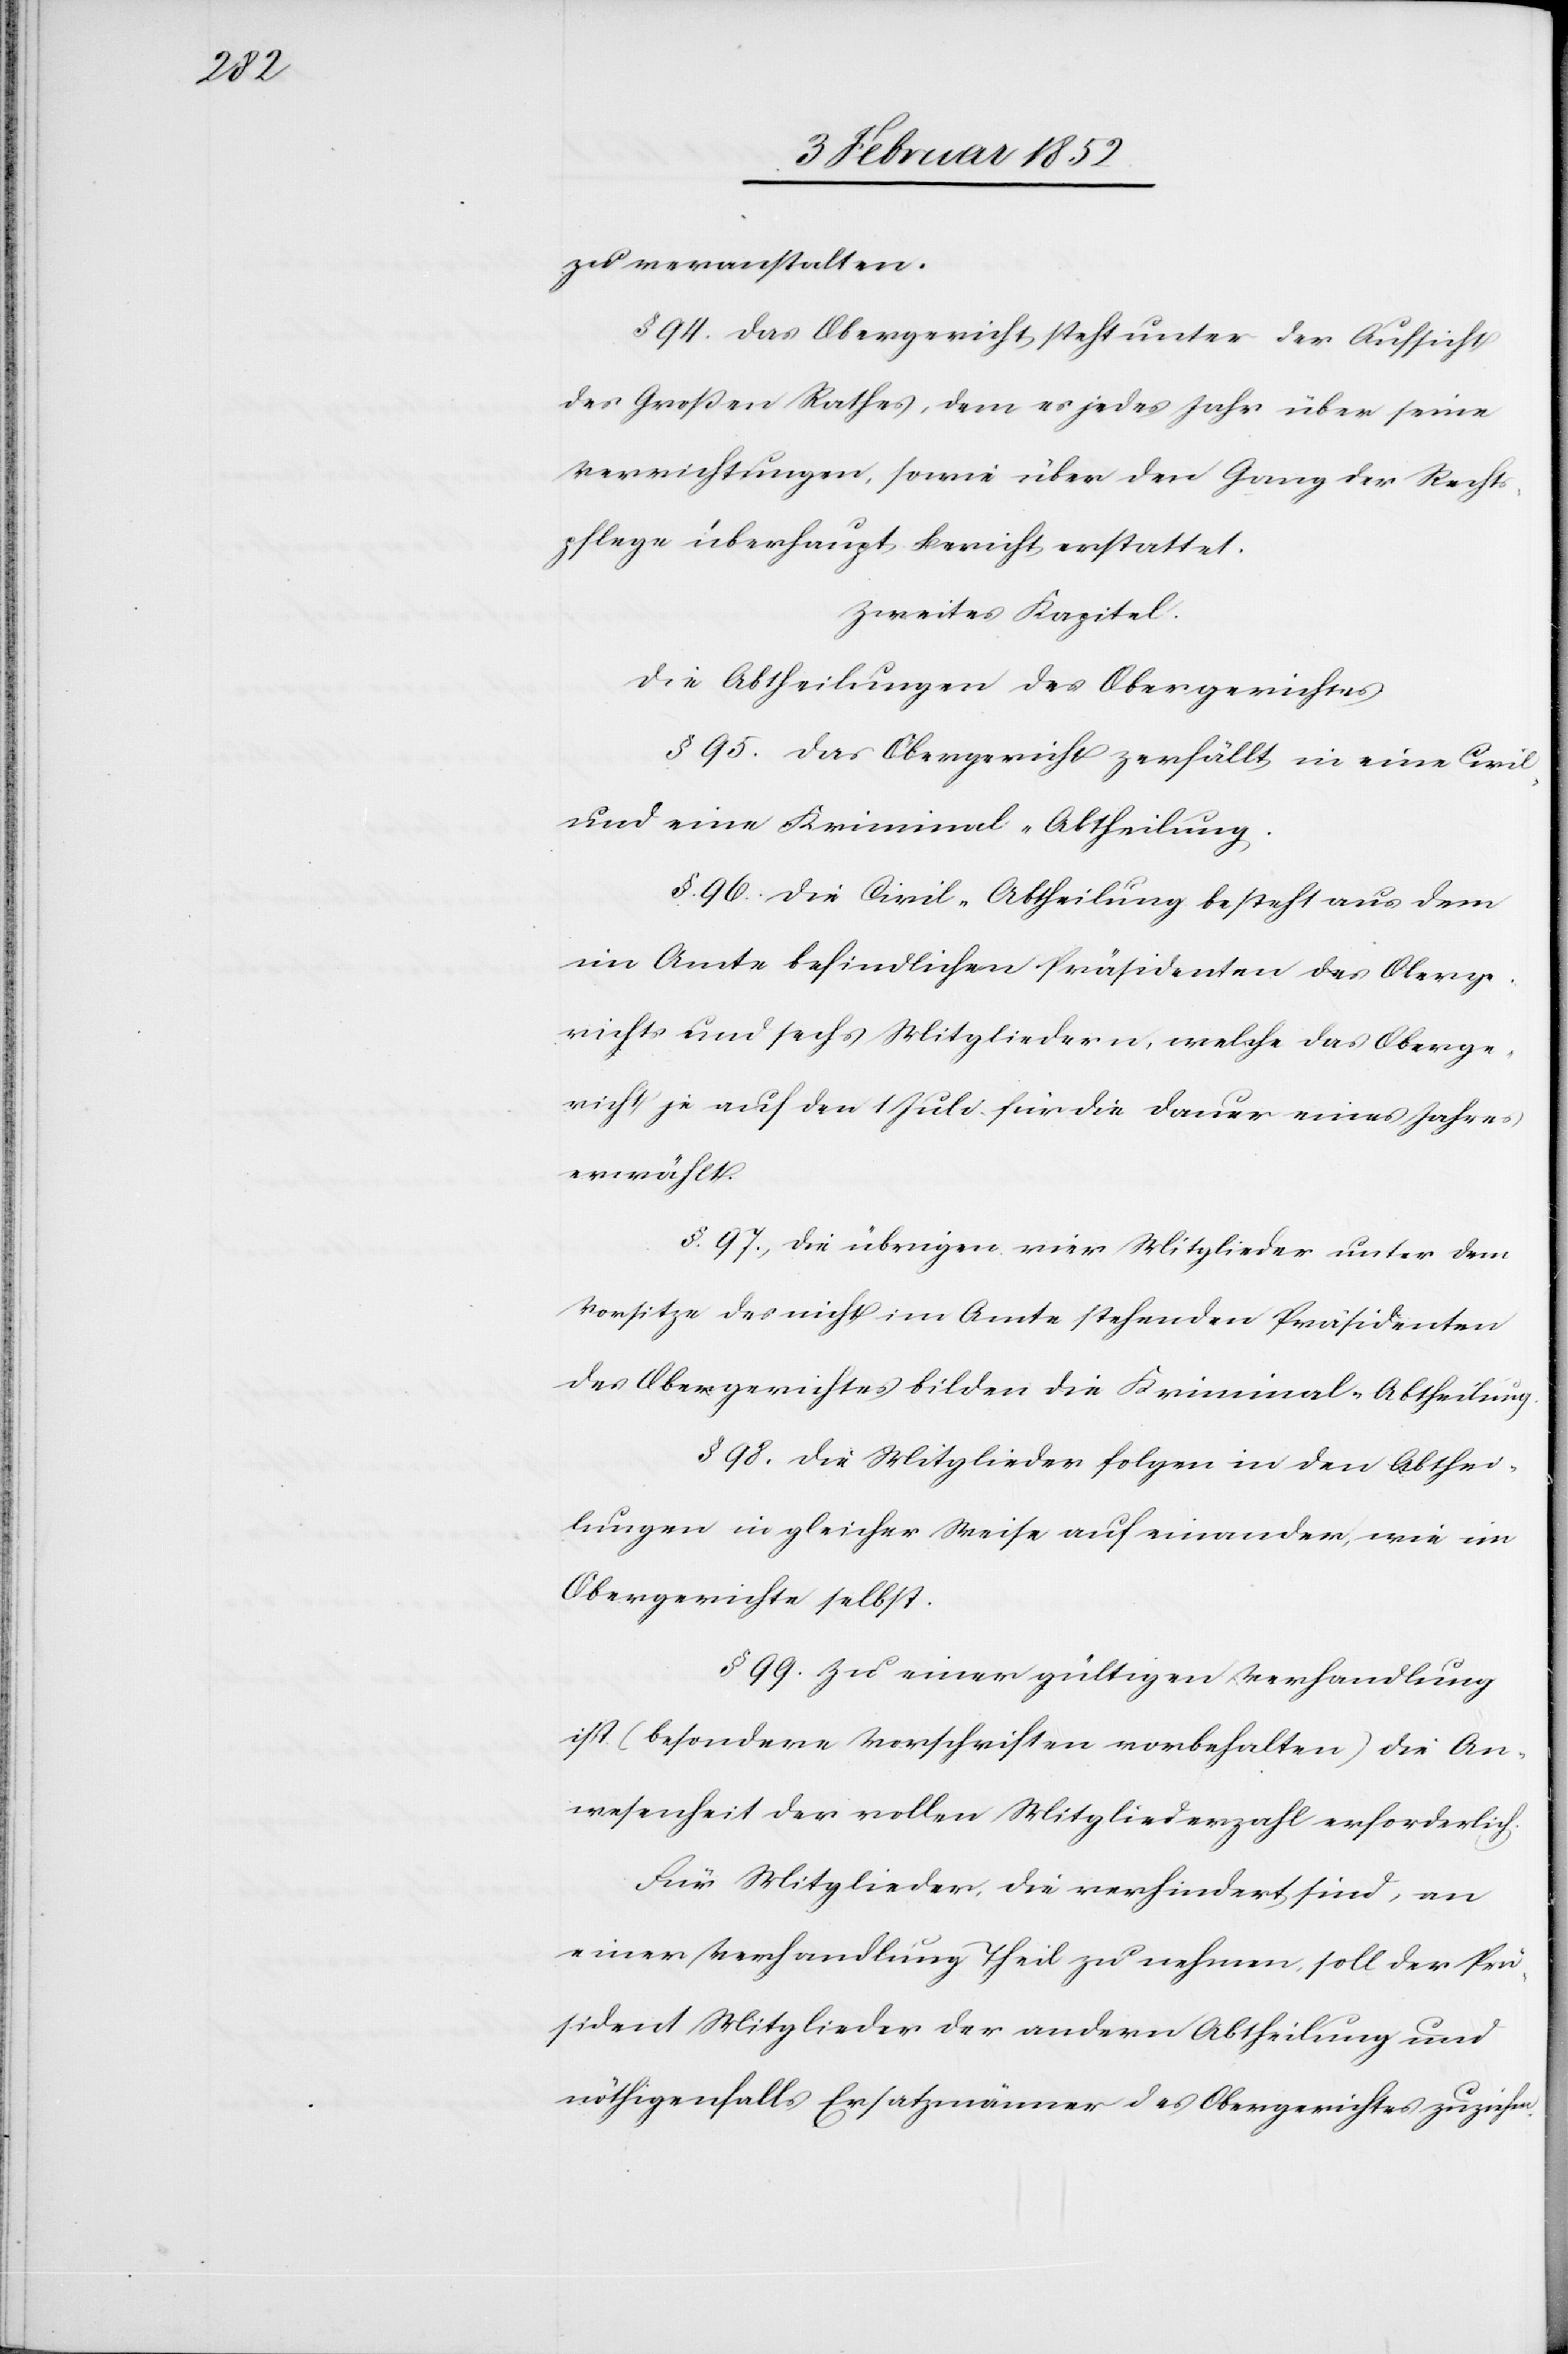
zu veranstalten.
§ 94. Das Obergericht steht unter der Aufsicht
des Großen Rathes, dem es jedes Jahr über seine
Verrichtungen, sowie über den Gang der Recht¬
spflege überhaupt Berichte erstattet.
Zweites Kapitel.
Die Abtheilungen des Obergerichtes.
§ 95. Das Obergericht zerfällt in eine Civil-
und eine Kriminal-Abtheilung.
§. 96. Die Civil-Abtheilung besteht aus dem
im Amte befindlichen Präsidenten des Oberge¬
richts und sechs Mitgliedern, welche das Oberge¬
richt je auf den 1 Juli für die Dauer eines Jahres
erwählt.
§. 97.) Die übrigen vier Mitglieder unter dem
Vorsitze des nicht im Amte stehenden Präsidenten
des Obergerichtes bilden die Kriminal-Abtheilung.
§ 98. Die Mitglieder folgen in den Abthei¬
lungen in gleicher Weise auf einander wie im
Obergerichte selbst.
§ 99. Zu einer gültigen Verhandlung
ist (besondere Vorschriften vorbehalten) die An¬
wesenheit der vollen Mitgliederzahl erforderlich.
Für Mitglieder, die verhindert sind, an
einer Verhandlung Theil zu nehmen, soll der Prä¬
sident Mitglieder der andern Abtheilung und
nöthigenfalls Ersatzmänner des Obergerichtes zuziehen.